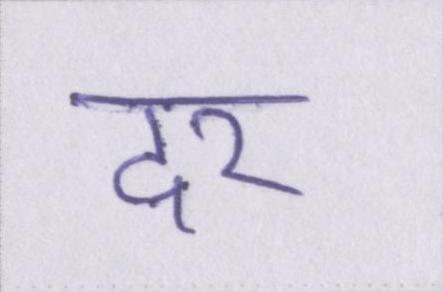
दर